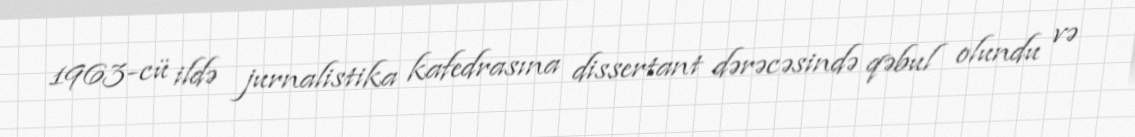
1963-cü ildə jurnalistika kafedrasına dissertant dərəcəsində qəbul olundu və